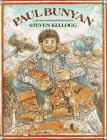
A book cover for Paul Bunyan; Steven Kellogg; Children's Books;